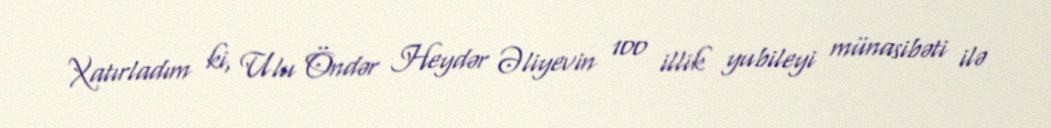
Xatırladım ki, Ulu Öndər Heydər Əliyevin 100 illik yubileyi münasibəti ilə